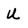
Character: U